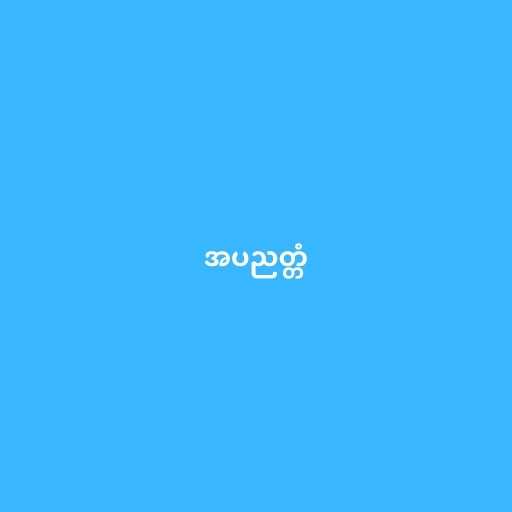
အပညတ္တံ